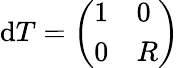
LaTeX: \mathrm{d}T=\left(\begin{array}{ll}{1}&{0}\\ {0}&{R}\end{array}\right)